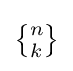
{\textstyle \left\{{\!n\! \atop \!k\!}\right\}}